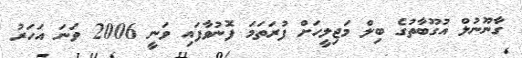
ގާނޫނުލް އުގޫބާތުގެ ބިލް މަޖިލީހަށް ފުރަތަމަ ފޮނުވާފައި ވަނީ 2006 ވަނަ އަހަރު